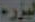
ليزره